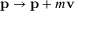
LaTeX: \mathbf { p } \rightarrow \mathbf { p } + m \mathbf { v }